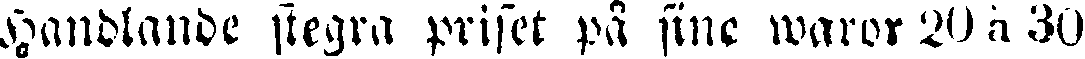
Handlande stegra priset på sine waror 20 à 30